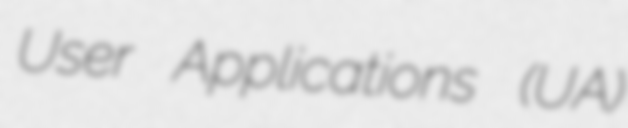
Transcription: User Applications (UA)